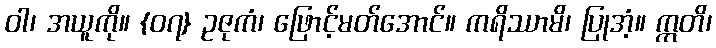
ဝါ၊ အယူကို။ {၀၇} ဥဇုကံ၊ ဖြောင့်မတ်အောင်။ ကရိဿာမိ၊ ပြုအံ့။ ဣတိ၊